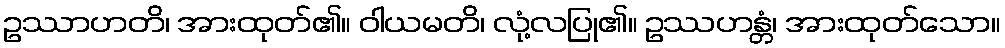
ဥဿာဟတိ၊ အားထုတ်၏။ ဝါယမတိ၊ လုံ့လပြု၏။ ဥဿဟန္တံ၊ အားထုတ်သော။